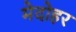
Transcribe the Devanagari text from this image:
मेदोहर